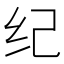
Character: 纪